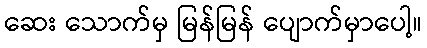
ဆေး သောက်မှ မြန်မြန် ပျောက်မှာပေါ့။